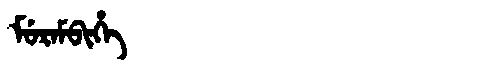
Manchu: ᠮᡠᡵᠠᠮᠪᡳᡥᡝ
Romanization: MURAMBIHE